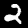
Label: 2